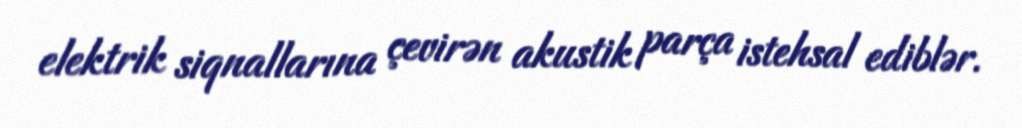
elektrik siqnallarına çevirən akustik parça istehsal ediblər.